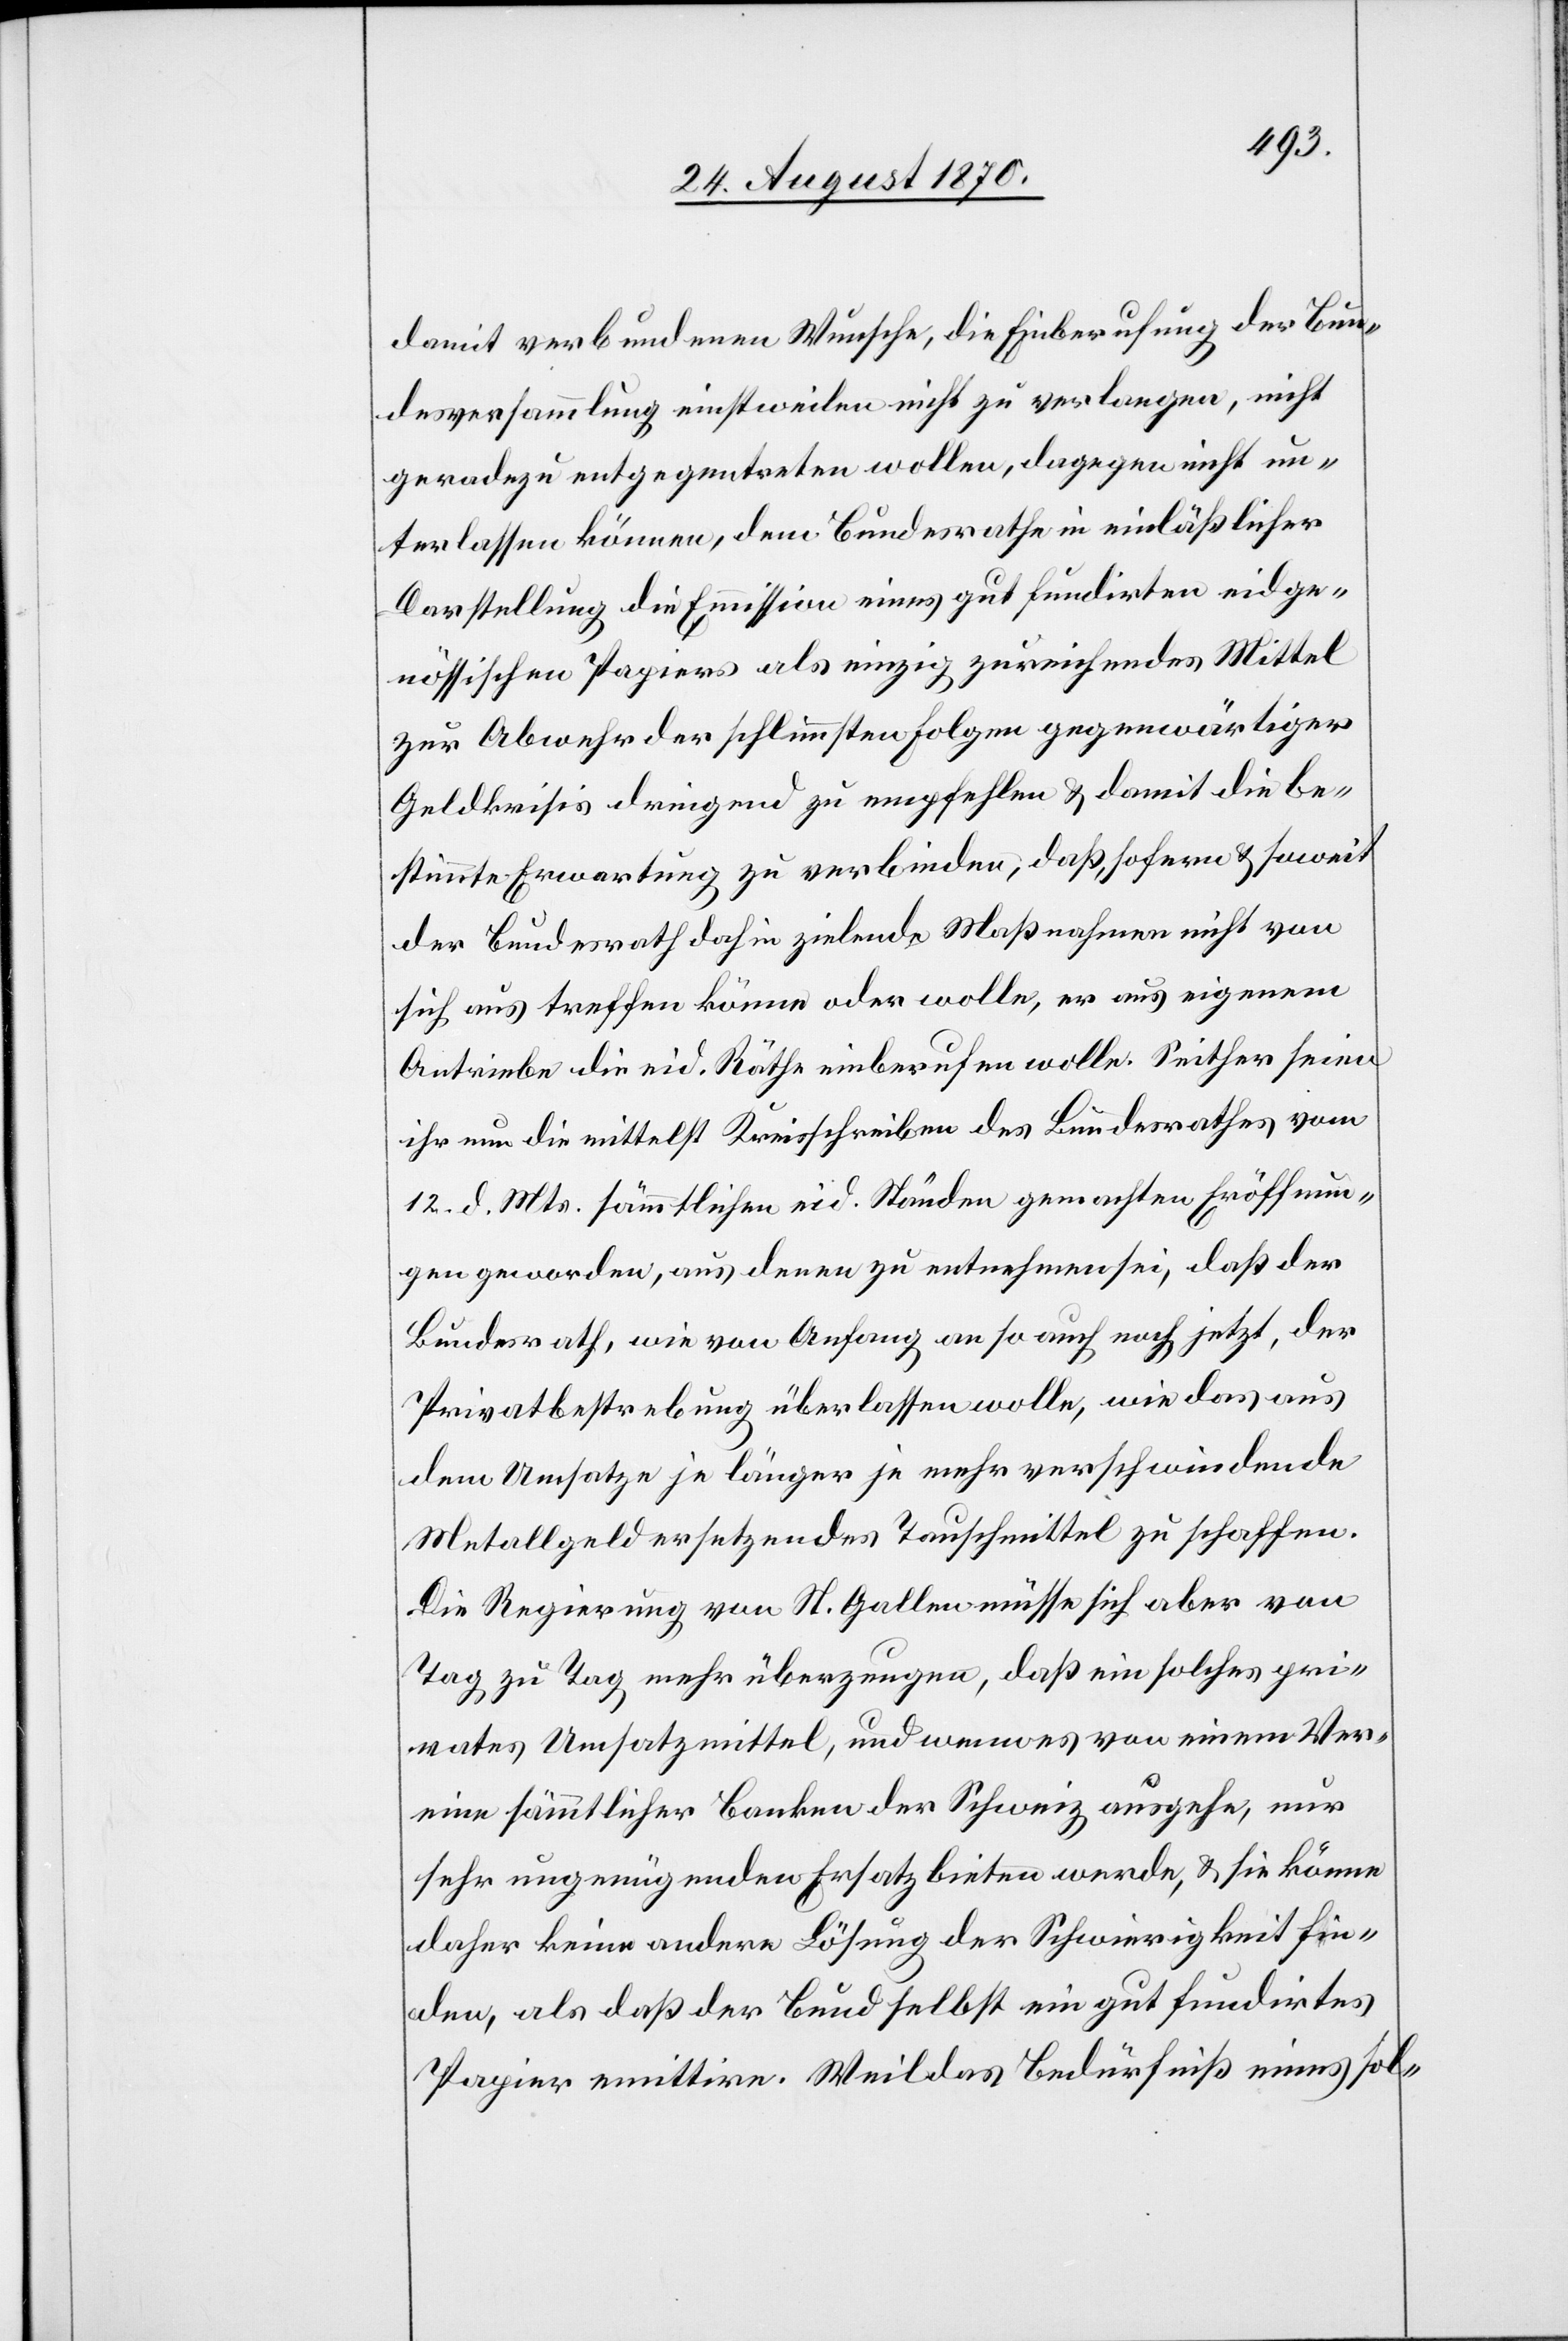
damit verbundenen Wunsche, die Einberufung der Bun¬
desversammlung einstweilen nicht zu verlangen, nicht
geradezu entgegentreten wollen, dagegen nicht un¬
terlassen können, dem Bundesrathe in einläßlicher
Darstellung die Emmission eines gut fundirten eidge¬
nössischen Papiers als einzig zureichendes Mittel
zur Abwehr der schlimmsten Folgen gegenwärtiger
Geldkrisis dringend zu empfehlen & damit die be¬
stimmte Erwartung zu verbinden, daß, sofern & soweit
der Bundesrath dahin zielende Maßnahmen nicht von
sich aus treffen könne oder wolle, er aus eigenem
Antriebe die eid. Räthe einberufen wolle. Seither seien
ihr nun die mittelst Kreisschreiben des Bundesrathes vom
12. d. Mts. sämmtlichen eid. Ständen gemachten Eröffnun¬
gen geworden [sic!], aus denen zu entnehmen sei, daß der
Bundesrath, wie von Anfang an so auch noch jetzt, der
Privatbestrebung überlassen wolle, wie das aus
dem Umsatze je länger je mehr verschwindende
Metallgeld ersetzendes Tauschmittel zu schaffen
Die Regierung von St. Gallen müsse sich aber von
Tag zu Tag mehr überzeugen, daß ein solches pri¬
vates Umsatzmittel, und wenn es von einem Ver¬
eine sämmtlicher Banken der Schweiz ausgehe, nur
sehr ungenügenden Ersatz bieten werde, & sie könne
daher keine andere Lösung der Schwierigkeit fin¬
den, als daß der Bund selbst ein gut fundirtes
Papier emittire. Weil das Bedürfniß eines sol-